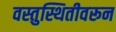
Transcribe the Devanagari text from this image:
वस्तुस्थितीवरून